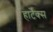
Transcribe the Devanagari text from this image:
हार्टेक्स